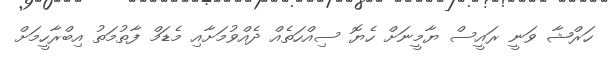
ހަރްޝާ ވަނީ ރައީސް ޔާމީނަށް ހެޔޮ ސިއްހަތެއް ދެއްވުމަށާއި މެޑަމް ފާތުމަތު އިބްރާހީމަށް